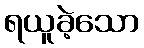
ရယူခဲ့သော